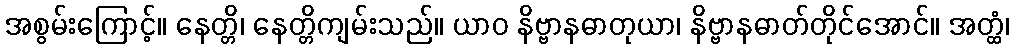
အစွမ်းကြောင့်။ နေတ္တိ၊ နေတ္တိကျမ်းသည်။ ယာဝ နိဗ္ဗာနဓာတုယာ၊ နိဗ္ဗာနဓာတ်တိုင်အောင်။ အတ္ထံ၊